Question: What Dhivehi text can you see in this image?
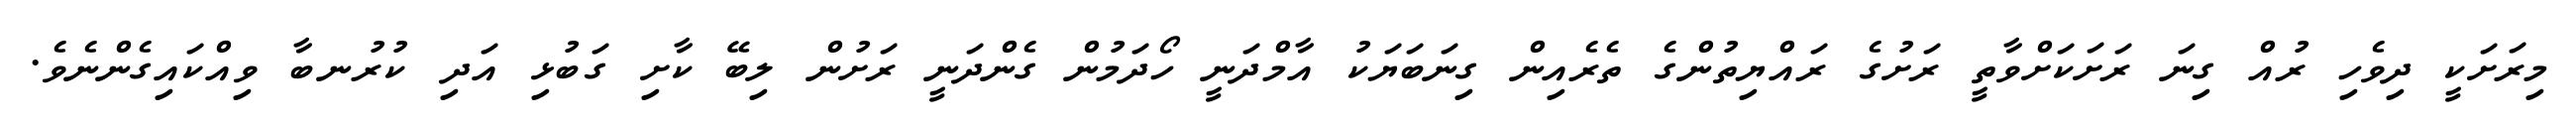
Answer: މިރަށަކީ ދިވެހި ރުއް ގިނަ ރަށަކަށްވާތީ ރަށުގެ ރައްޔިތުންގެ ތެރެއިން ގިނަބަޔަކު އާމްދަނީ ހޯދަމުން ގެންދަނީ ރަށުން ލިބޭ ކާށި ގަބުޅި އަދި ކުރުނބާ ވިއްކައިގެންނެވެ.